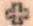
+